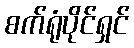
စက်ရုံပိုင်ရှင်